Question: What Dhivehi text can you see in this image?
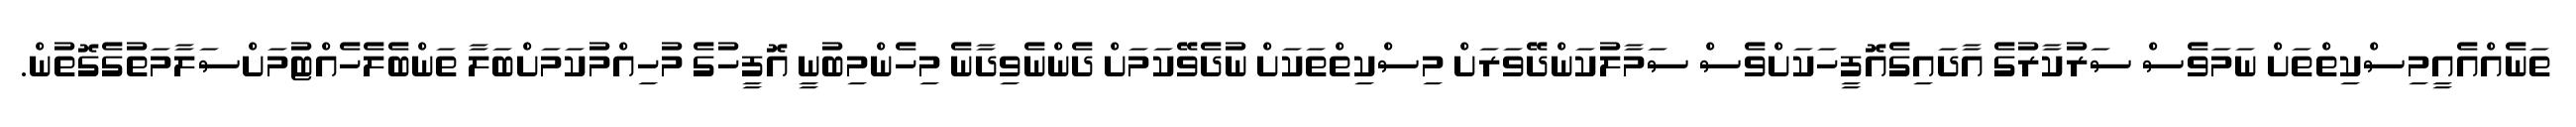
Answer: ތަނެއްއެއީމިސްކިތްތަށް ނަމަވެސް ސަރުކާރުގެ އާދައިގެއޮފީހަކަށްވެސް ސަމާލުކަންދޭވަރަށް މިސްކިތްތަކަށް ނުދެވޭކަމަށް ދެންނެވިދާނެ މިހެންމިބުނީ އޮފީހުގެ މުހިއްމުކަމަށްބަލާ ތަންބެލެހެއްޓުމަށްސަލާމަތުގެގޮތުން.